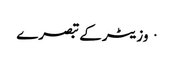
· وزیٹر کے تبصرے